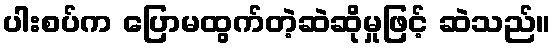
ပါးစပ်က ပြောမထွက်တဲ့ဆဲဆိုမှုဖြင့် ဆဲသည်။